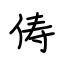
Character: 俦